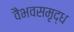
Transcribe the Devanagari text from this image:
वैभवसमृद्ध